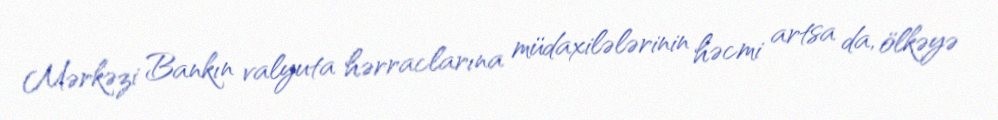
Mərkəzi Bankın valyuta hərraclarına müdaxilələrinin həcmi artsa da, ölkəyə